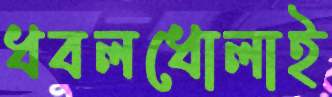
ধবলধোলাই